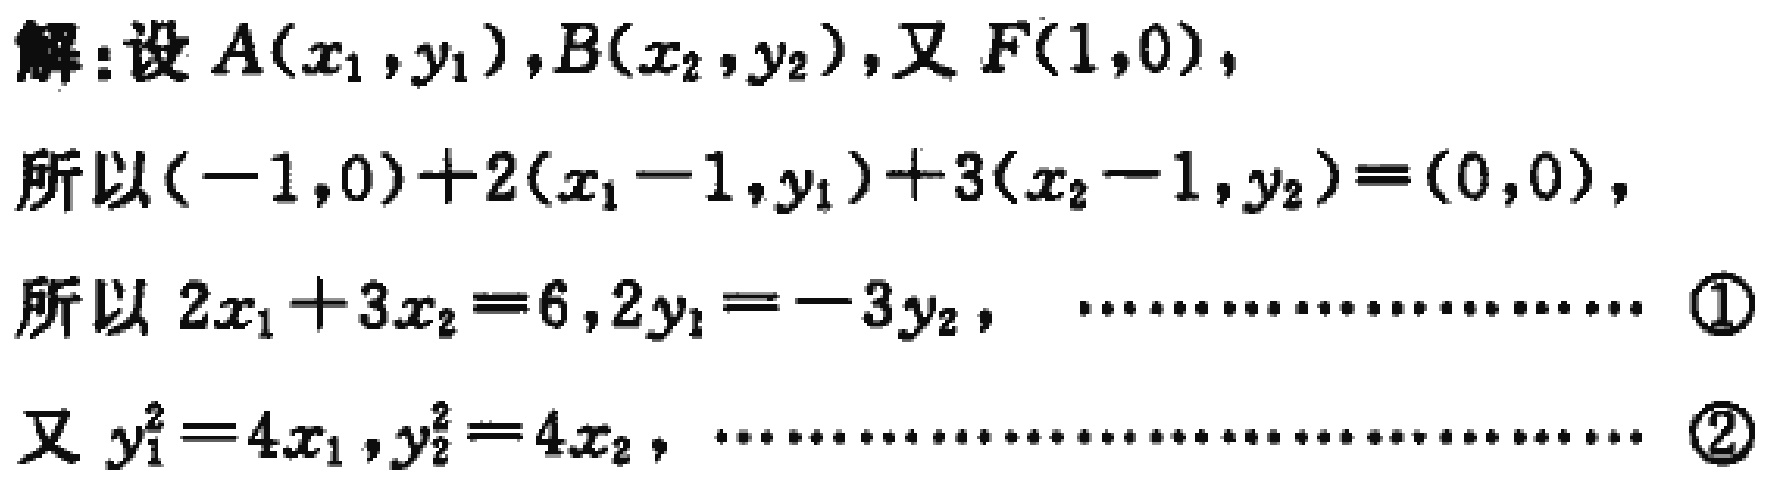
解：设\(A(x_1,y_1)\)，\(B(x_2,y_2)\)，又\(F(1,0)\)，
所以\((-1,0)+2(x_1 - 1,y_1)+3(x_2 - 1,y_2)=(0,0)\)，
所以\(2x_1 + 3x_2 = 6\)，\(2y_1 = -3y_2\)，  …………………… \textcircled{1}
又\(y_1^2 = 4x_1\)，\(y_2^2 = 4x_2\)， …………………………………… \textcircled{2}